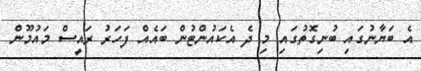
އެ ބަޔާނުގައި ބުނިގޮތުގައި މި ދެ އެކައުންޓުން ބައެއް ފަހަރު ރައީސް މައުމޫން